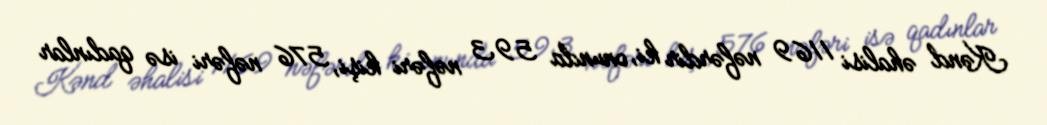
Kənd əhalisi 1169 nəfərdir ki, onunda 593 nəfəri kişi, 576 nəfəri isə qadınlar